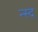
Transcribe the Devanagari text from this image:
न्स्द